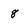
Character: 8